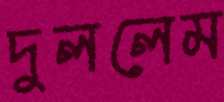
দুললেম